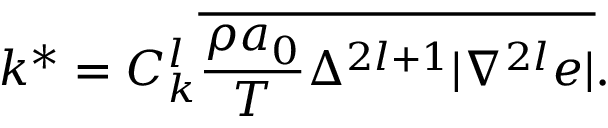
k ^ { * } = { C } _ { k } ^ { l } \overline { { \frac { \rho a _ { 0 } } { T } \Delta ^ { 2 l + 1 } | \nabla ^ { 2 l } e | } } .